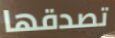
تصدقها